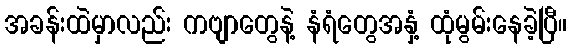
အခန်းထဲမှာလည်း ကဗျာတွေနဲ့ နံရံတွေအနှံ့ ထုံမွမ်းနေခဲ့ပြီ။